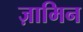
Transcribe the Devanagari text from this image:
ज़ामिन